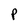
Character: P